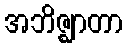
အဘိဇ္ဈာတာ